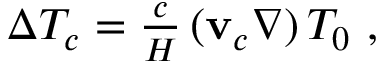
\begin{array} { r } { \Delta T _ { c } = \frac { c } { H } \, ( \mathbf { v } _ { c } \nabla ) \, T _ { 0 } \ , \ } \end{array}